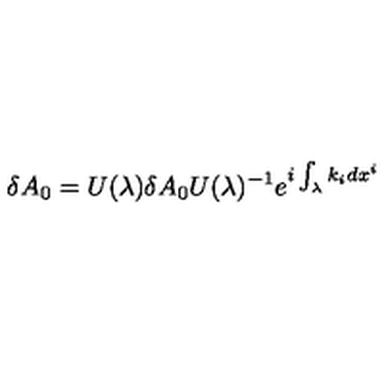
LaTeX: \delta A _ { 0 } = U ( \lambda ) \delta A _ { 0 } U ( \lambda ) ^ { - 1 } e ^ { i \int _ { \lambda } k _ { i } d x ^ { i } }